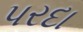
પરદા